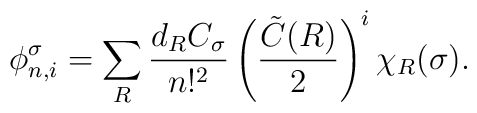
\phi^{\sigma}_{n,i} =\sum_{R}\frac{d_{R} C_{\sigma}}{n!^2}\left(\frac{ \tilde{C}(R)}{2}  \right)^i\chi_{R} (\sigma).